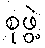
စုဖွဲ့